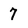
Character: 7